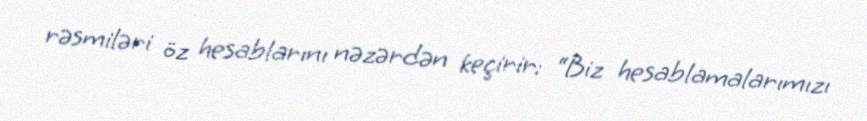
rəsmiləri öz hesablarını nəzərdən keçirir: “Biz hesablamalarımızı